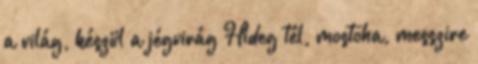
a világ, készül a jégvirág Hideg tél, mostoha, messzire